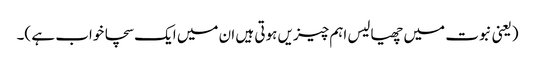
(یعنی نبوت میں چھیالیس اہم چیزیں ہوتی ہیں ان میں ایک سچا خواب ہے )۔